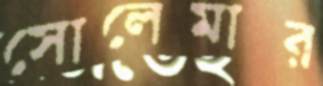
সোলেমার